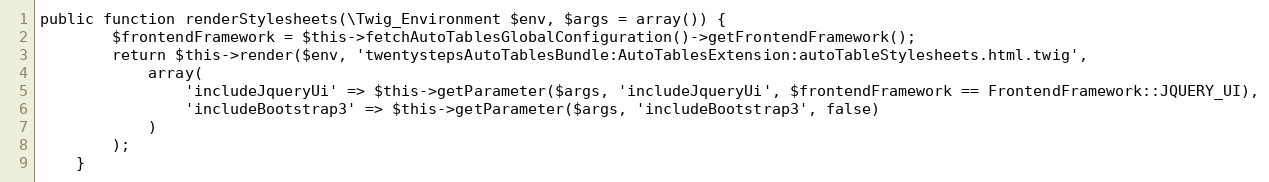
Language: PHP
public function renderStylesheets(\Twig_Environment $env, $args = array()) {
        $frontendFramework = $this->fetchAutoTablesGlobalConfiguration()->getFrontendFramework();
        return $this->render($env, 'twentystepsAutoTablesBundle:AutoTablesExtension:autoTableStylesheets.html.twig',
            array(
                'includeJqueryUi' => $this->getParameter($args, 'includeJqueryUi', $frontendFramework == FrontendFramework::JQUERY_UI),
                'includeBootstrap3' => $this->getParameter($args, 'includeBootstrap3', false)
            )
        );
    }